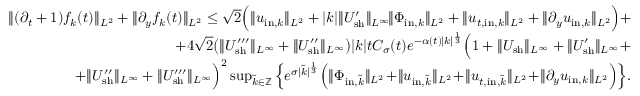
\begin{array} { r } { \| ( \partial _ { t } + 1 ) f _ { k } ( t ) \| _ { L ^ { 2 } } + \| \partial _ { y } f _ { k } ( t ) \| _ { L ^ { 2 } } \leq \sqrt { 2 } \Big ( \| u _ { \mathrm { i n } , k } \| _ { L ^ { 2 } } + | k | \| U _ { \mathrm { s h } } ^ { \prime } \| _ { L ^ { \infty } } \! \| \Phi _ { \mathrm { i n } , k } \| _ { L ^ { 2 } } + \| u _ { t , \mathrm { i n } , k } \| _ { L ^ { 2 } } + \| \partial _ { y } u _ { \mathrm { i n } , k } \| _ { L ^ { 2 } } \Big ) + } \\ { + 4 \sqrt { 2 } \big ( \| U _ { \mathrm { s h } } ^ { \prime \prime \prime } \| _ { L ^ { \infty } } + \| U _ { \mathrm { s h } } ^ { \prime \prime } \| _ { L ^ { \infty } } \big ) | k | t C _ { \sigma } ( t ) e ^ { - \alpha ( t ) | k | ^ { \frac { 1 } { 3 } } } \Big ( 1 + \| U _ { \mathrm { s h } } \| _ { L ^ { \infty } } + \| U _ { \mathrm { s h } } ^ { \prime } \| _ { L ^ { \infty } } + } \\ { + \| U _ { \mathrm { s h } } ^ { \prime \prime } \| _ { L ^ { \infty } } + \| U _ { \mathrm { s h } } ^ { \prime \prime \prime } \| _ { L ^ { \infty } } \Big ) ^ { 2 } \operatorname* { s u p } _ { \tilde { k } \in \mathbb Z } \Big \{ e ^ { \sigma | \tilde { k } | ^ { \frac { 1 } { 3 } } } \Big ( \| \Phi _ { \mathrm { i n } , \tilde { k } } \| _ { L ^ { 2 } } \! + \! \| u _ { \mathrm { i n } , \tilde { k } } \| _ { L ^ { 2 } } \! + \! \| u _ { t , \mathrm { i n } , \tilde { k } } \| _ { L ^ { 2 } } \! + \! \| \partial _ { y } u _ { \mathrm { i n } , k } \| _ { L ^ { 2 } } \Big ) \Big \} . } \end{array}